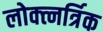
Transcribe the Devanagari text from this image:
लोक्त्नर्त्रिक